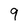
Character: 9